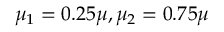
\mu _ { 1 } = 0 . 2 5 \mu , \mu _ { 2 } = 0 . 7 5 \mu